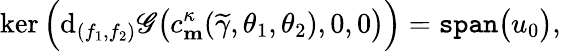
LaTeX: \ker\Big(\mathrm{d}_{(f_{1},f_{2})}\mathscr{{G}}\big(c_{\mathbf{{m}}}^{\kappa}(\widetilde{{\gamma}},\theta_{1},\theta_{2}),0,0\big)\Big)=\mathtt{{span}}\big(u_{0}\big),